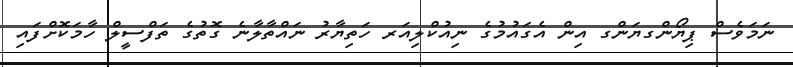
ނަމަވެސް ޕިޔޯންގޔަންގ އިން އެގައުމުގެ ނިއުކްލިއަރ ހަތިޔާރު ނައްތާލާނެ ގޮތުގެ ތަފްސީލް ހާމަކޮށްފައި